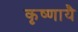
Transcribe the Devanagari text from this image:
कृष्णायै